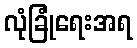
လုံခြုံရေးအရ